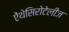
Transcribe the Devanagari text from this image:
ऐंथेसिरोटेलीज